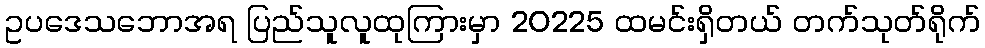
ဥပဒေသဘောအရ ပြည်သူလူထုကြားမှာ 20225 ထမင်းရှိတယ် တက်သုတ်ရိုက်